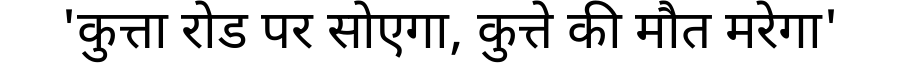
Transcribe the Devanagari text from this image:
'कुत्ता रोड पर सोएगा, कुत्ते की मौत मरेगा'